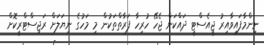
ނިންމާފައިވާއިރު ޖީއެސްޓީ ދައްކަން ޖެހޭ ހުރިހާ ފަރާތްތަކުން މި މަހުގެ ނިޔަލަށް ރަޖިސްޓްރީކޮށް